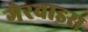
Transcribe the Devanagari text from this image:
गेरवाइस